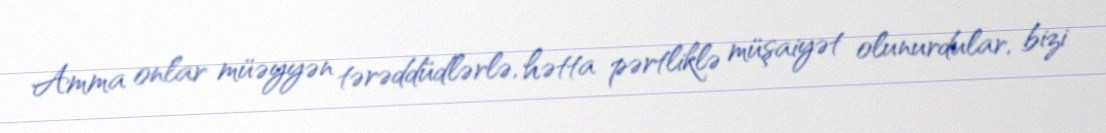
Amma onlar müəyyən tərəddüdlərlə, hətta pərtliklə müşaiyət olunurdular, bizi